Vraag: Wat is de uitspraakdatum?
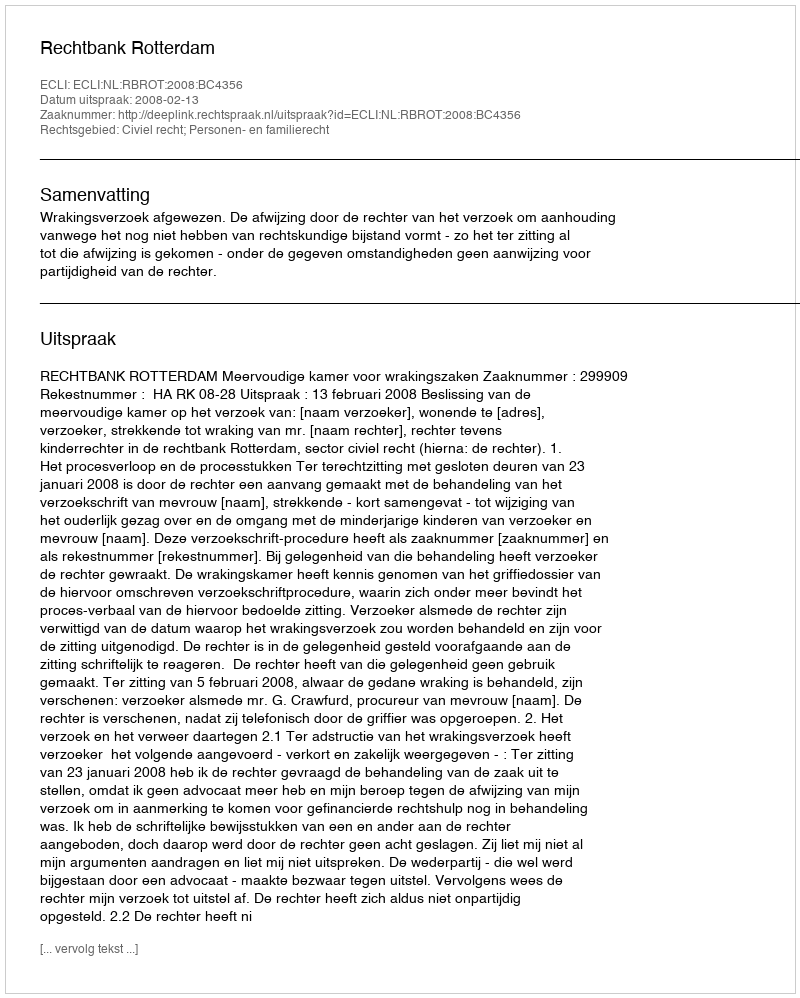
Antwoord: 2008-02-13